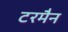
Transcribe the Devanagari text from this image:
टरमैन